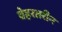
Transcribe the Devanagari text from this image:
बेहरतरीन